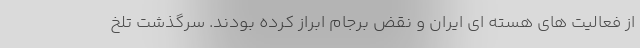
از فعالیت های هسته ای ایران و نقض برجام ابراز کرده بودند. سرگذشت تلخ